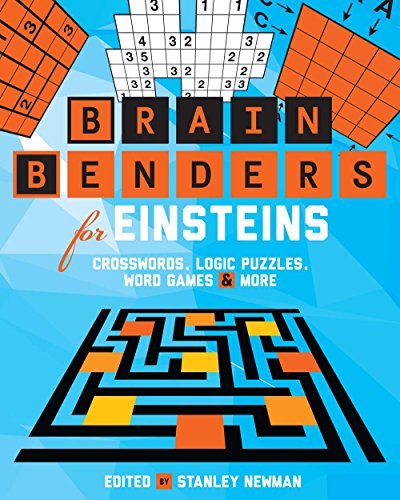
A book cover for Brain Benders for Einsteins: Crosswords, Logic Puzzles, Word Games & More; Peter Ritmeester; Humor & Entertainment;